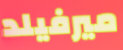
ميرفيلد